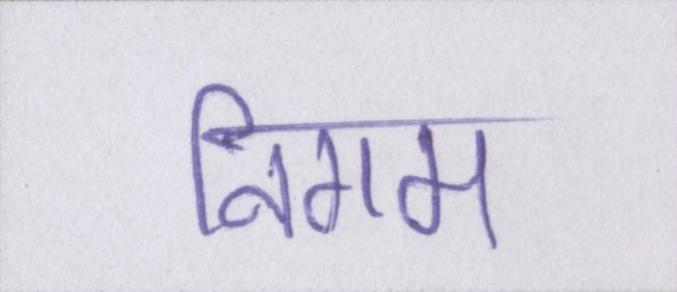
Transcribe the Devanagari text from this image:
निगम